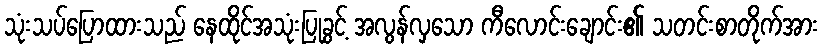
သုံးသပ်ပြောထားသည် နေထိုင်အသုံးပြုခွင့် အလွန်လှသော ကီလောင်းချောင်း၏ သတင်းစာတိုက်အား